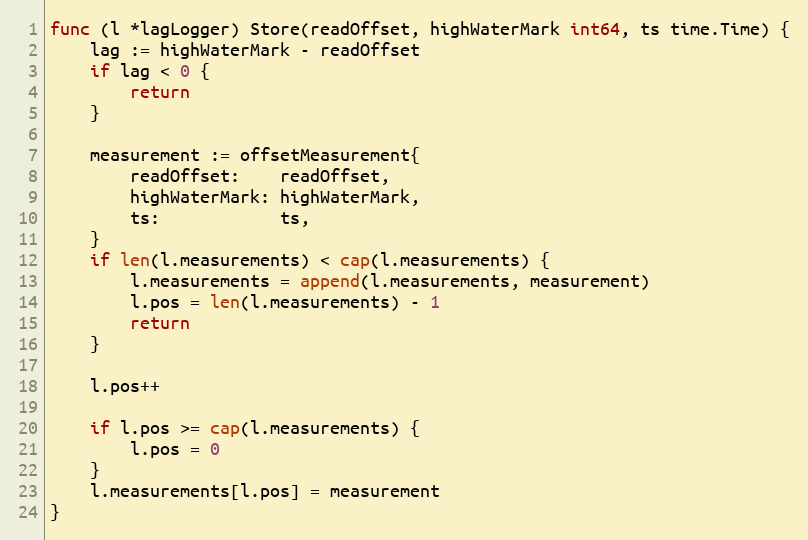
Language: Go
func (l *lagLogger) Store(readOffset, highWaterMark int64, ts time.Time) {
	lag := highWaterMark - readOffset
	if lag < 0 {
		return
	}

	measurement := offsetMeasurement{
		readOffset:    readOffset,
		highWaterMark: highWaterMark,
		ts:            ts,
	}
	if len(l.measurements) < cap(l.measurements) {
		l.measurements = append(l.measurements, measurement)
		l.pos = len(l.measurements) - 1
		return
	}

	l.pos++

	if l.pos >= cap(l.measurements) {
		l.pos = 0
	}
	l.measurements[l.pos] = measurement
}